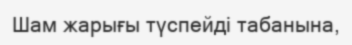
Шам жарығы түспейді табанына,